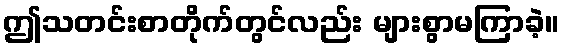
ဤသတင်းစာတိုက်တွင်လည်း များစွာမကြာခဲ့။